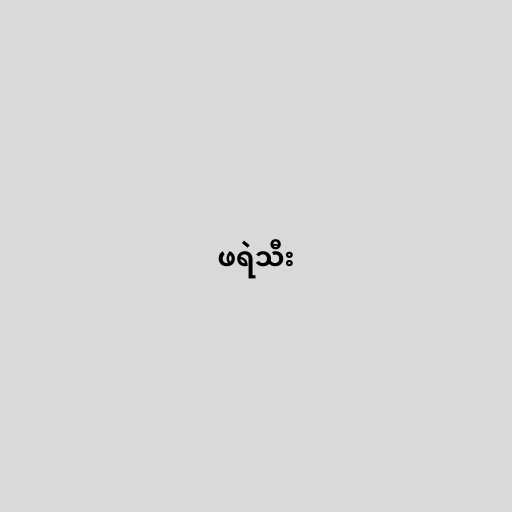
ဖရဲသီး